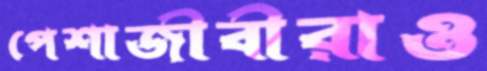
পেশাজীবীরাও